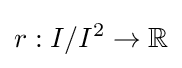
r:I/I^{2}\to \mathbb {R}